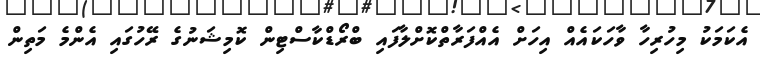
އެކަމަކު މިހުރިހާ ވާހަކައެއް އިހަށް އެއްފަރާތްކޮށްލާފައި ބްރޯޑްކާސްޓިން ކޮމިޝަނުގެ ރޭހުގައި އެންމެ މަތިން